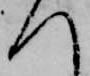
へ